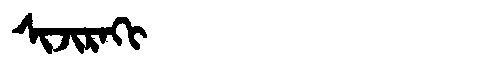
Manchu: ᠰᡳᠵᡳᡵᠠᡴᡳ
Romanization: SIJIRAKI